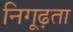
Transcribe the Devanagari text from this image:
निगूढ़ता